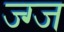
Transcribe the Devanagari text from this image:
ज्ग्ज